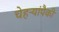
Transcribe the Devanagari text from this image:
चेहऱ्यांपैकी